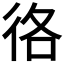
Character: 𢓜